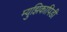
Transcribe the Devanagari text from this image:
म्युझिकापिडी